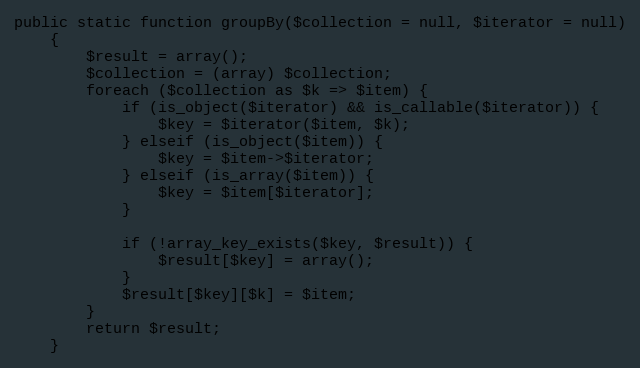
Language: PHP
public static function groupBy($collection = null, $iterator = null)
    {
        $result = array();
        $collection = (array) $collection;
        foreach ($collection as $k => $item) {
            if (is_object($iterator) && is_callable($iterator)) {
                $key = $iterator($item, $k);
            } elseif (is_object($item)) {
                $key = $item->$iterator;
            } elseif (is_array($item)) {
                $key = $item[$iterator];
            }

            if (!array_key_exists($key, $result)) {
                $result[$key] = array();
            }
            $result[$key][$k] = $item;
        }
        return $result;
    }